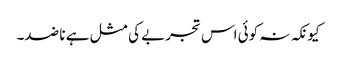
کیونکہ نہ کوئی اس تجربے کی مثل ہے نا ضد۔